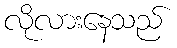
လိုလားနေသည်